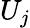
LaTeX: U_{j}